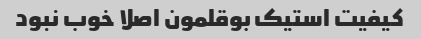
کیفیت استیک بوقلمون اصلا خوب نبود